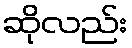
ဆိုလည်း